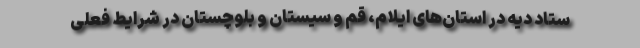
ستاد دیه در استان‌های ایلام، قم و سیستان و بلوچستان در شرایط فعلی